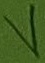
Text: V